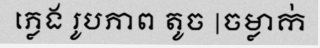
ភ្លេង រូបភាព តូច |ចម្លាក់